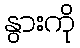
နွားကို